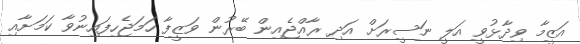
އަޒީމާ ވިދާޅުވީ އަލީ ނަސީރަށް އަދި ރާއްޖެއިން ބޭރުން ވަޒީފާ ހަމަޖެހިފައިނުވާ ކަމަށާއި